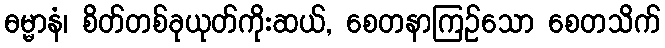
ဓမ္မာနံ၊ စိတ်တစ်ခုယုတ်ကိုးဆယ်, စေတနာကြဉ်သော စေတသိက်